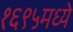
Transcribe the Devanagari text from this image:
१६९५मध्ये